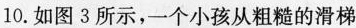
10.如图3所示，一个小孩从粗糙的滑梯